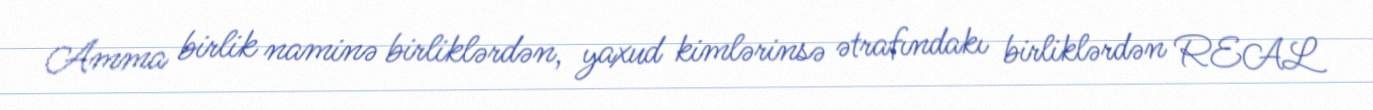
Amma birlik naminə birliklərdən, yaxud kimlərinsə ətrafındakı birliklərdən REAL